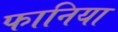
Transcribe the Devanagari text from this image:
फानिया